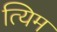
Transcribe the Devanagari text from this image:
त्यिम